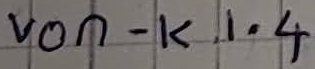
Text: von - K1.4